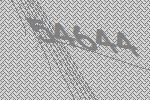
54644